Report on the working of the mental hospitals for Indians in Bihar and Orissa - 1925-1929
Year: 1925
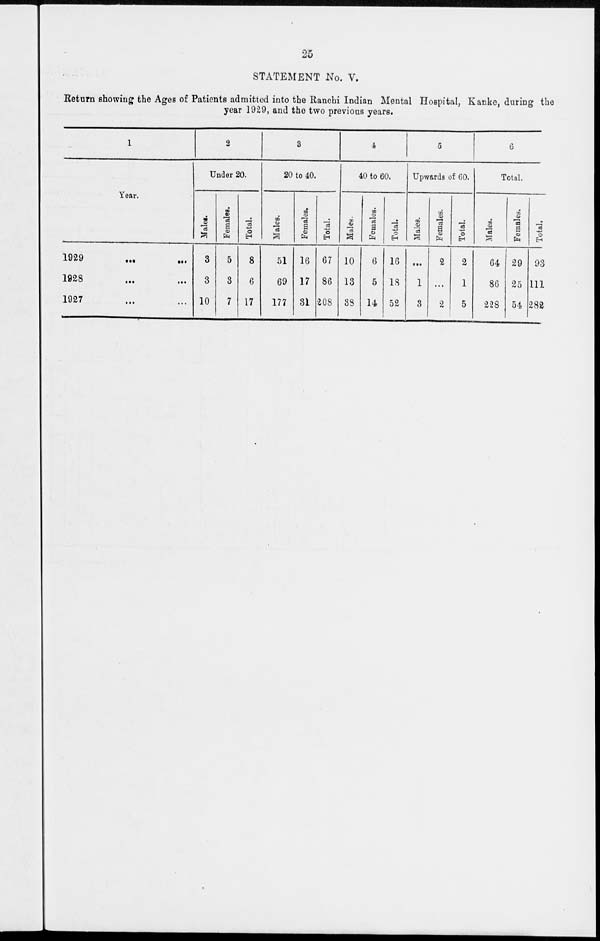
25
STATEMENT No. V.
Return showing the Ages of Patients admitted into the Ranchi Indian Mental Hospital, Kanke, during the
year 1929, and the two previous years.
1
Year.
1929
...
...
1828
...
...
1927 ... ...
2
Under 20.
Males.
3
3
10
Females.
5
3
7
Total.
8
6
17
3
20 to 40.
Males.
51
69
177
Females.
16
17
31
Total.
67
86
208
4
40 to 60.
Males.
10
13
38
Females.
6
5
14
Total.
16
18
52
5
Upwards of 60.
Males.
...
1
3
Females.
2
...
2
Total.
2
1
5
6
Total.
Males.
64
86
228
Females.
29
25
54
Total.
93
111
282